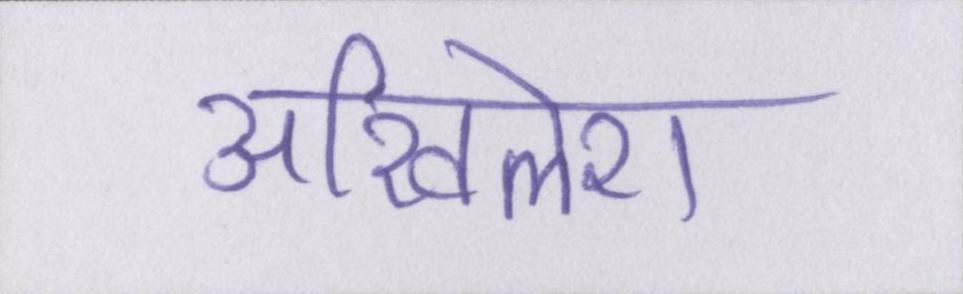
अखिलेश